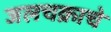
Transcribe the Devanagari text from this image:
जलचक्राचे